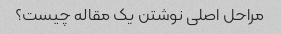
مراحل اصلی نوشتن یک مقاله چیست؟